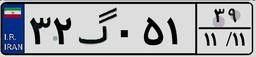
۸۱گ۲۴۲۱۰